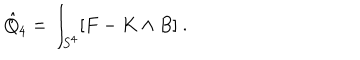
\hat { Q } _ { 4 } = \int _ { S ^ { 4 } } [ F - K \wedge B ] \ .